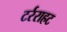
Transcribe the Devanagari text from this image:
टर्रराहट